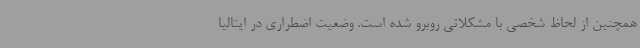
همچنین از لحاظ شخصی با مشکلاتی روبرو شده است. وضعیت اضطراری در ایتالیا